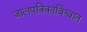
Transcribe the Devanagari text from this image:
जालपत्रिकाविश्वात